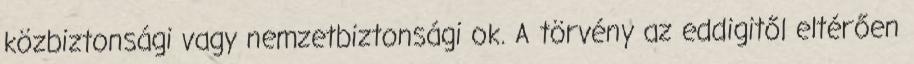
közbiztonsági vagy nemzetbiztonsági ok. A törvény az eddigitől eltérően